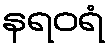
နရဝရံ